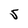
Character: S